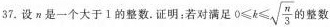
37.设n是一个大于1的整数.证明：若对满足$$0 \leqslant k \leqslant \sqrt{ \frac{n}{3}}$$的整数